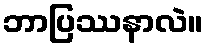
ဘာပြဿနာလဲ။